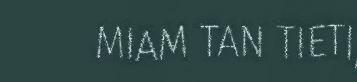
MIAM TAN TIETI,